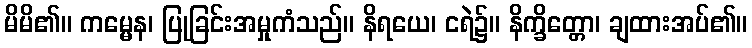
မိမိ၏။ ကမ္မေန၊ ပြုခြင်းအမှုကံသည်။ နိရယေ၊ ငရဲ၌။ နိက္ခိတ္တော၊ ချထားအပ်၏။